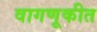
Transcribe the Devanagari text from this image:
वागणूकीत